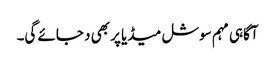
آگاہی مہم سوشل میڈیا پر بھی د جائے گی۔